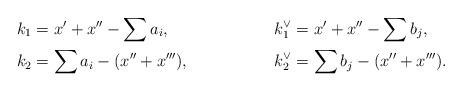
LaTeX: \begin{align*} k_{1}&=x'+x''-\sum a_{i},&\qquad& k^{\vee}_{1}=x'+x''-\sum b_{j}, \\ k_{2}&=\sum a_{i}-(x''+x'''),&\qquad& k^{\vee}_{2}=\sum b_{j} -(x''+x'''). \\ \end{align*}